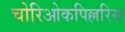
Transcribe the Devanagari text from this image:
चोरिओकपिल्लरिस